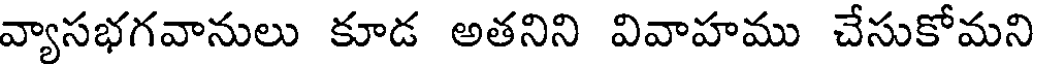
వ్యాసభగవానులు కూడ అతనిని వివాహము చేసుకోమని